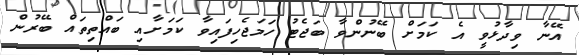
އޭނާ ވިދާޅުވީ އެ ކަމަށް ބޭނުންވާ ބަޖެޓު ހަމަޖެހިފައިވާ ކަމަށާއި ބައްތިތައް ބޭރުން